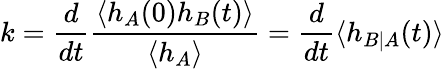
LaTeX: k=\frac{d}{dt}\frac{\langle h_{A}(0)h_{B}(t)\rangle}{\langle h_{A}\rangle}=\frac{d}{dt}\langle h_{B|A}(t)\rangle